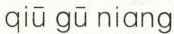
qiū gū niang